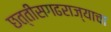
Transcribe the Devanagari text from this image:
छत्तीसगढराज्याचा